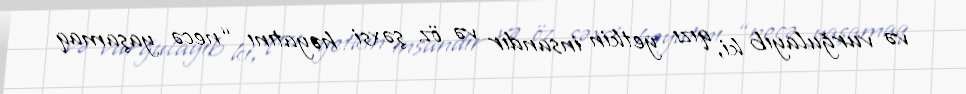
və vurğulayıb ki, qızı yetkin insandır və öz şəxsi həyatını “necə yaşamaq